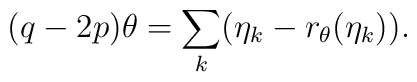
(q-2p) \theta = \sum_{k}(\eta_k - r_{\theta} (\eta_k )).